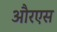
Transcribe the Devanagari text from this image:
औरएस